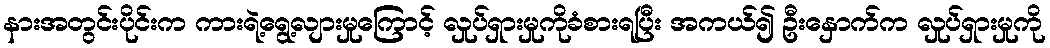
နားအတွင်းပိုင်းက ကားရဲ့ရွေ့လျားမှုကြောင့် လှုပ်ရှားမှုကိုခံစားရပြီး အကယ်၍ ဦးနှောက်က လှုပ်ရှားမှုကို